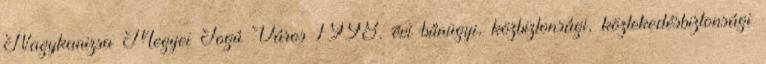
Nagykanizsa Megyei Jogú Város 1998. évi bűnügyi, közbiztonsági, közlekedésbiztonsági